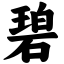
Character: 碧